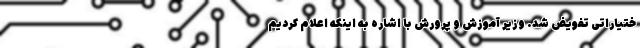
ختیاراتی تفویض شد. وزیر آموزش و پرورش با اشاره به اینکه اعلام کردیم